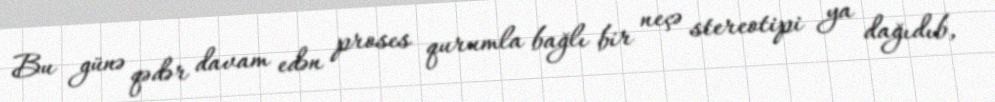
Bu günə qədər davam edən proses qurumla bağlı bir neçə stereotipi ya dağıdıb,